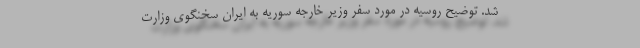
شد. توضیح روسیه در مورد سفر وزیر خارجه سوریه به ایران سخنگوی وزارت